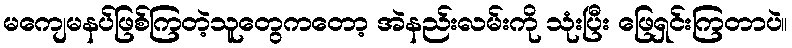
မကျေမနပ်ဖြစ်ကြတဲ့သူတွေကတော့ အဲနည်းလမ်းကို သုံးပြီး ဖြေရှင်းကြတာပဲ။